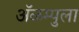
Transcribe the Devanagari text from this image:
ॲळम्पुला